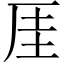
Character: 厓